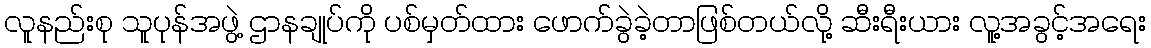
လူနည်းစု သူပုန်အဖွဲ့ ဌာနချုပ်ကို ပစ်မှတ်ထား ဖောက်ခွဲခဲ့တာဖြစ်တယ်လို့ ဆီးရီးယား လူ့အခွင့်အရေး